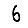
Digit: 6